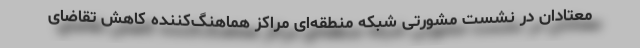
معتادان در نشست مشورتی شبکه منطقه‌ای مراکز هماهنگ‌کننده کاهش تقاضای